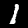
Label: 1